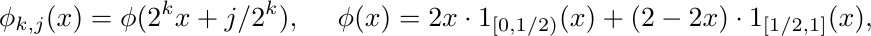
\begin{align*}
    \phi_{k,j}(x) = \phi(2^k x +j/2^{k} ), &&
    \phi(x) = 2x \cdot 1_{[0,1/2)}(x) + (2-2x)\cdot 1_{[1/2,1]}(x),
\end{align*}